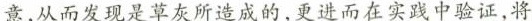
意，从而发现是草灰所造成的，更进而在实践中验证，将